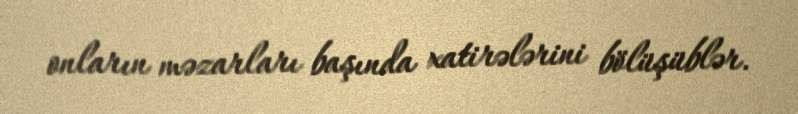
onların məzarları başında xatirələrini bölüşüblər.